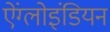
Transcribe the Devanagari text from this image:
ऐंग्लोइंडियन